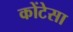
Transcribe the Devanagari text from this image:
कोंटेसा